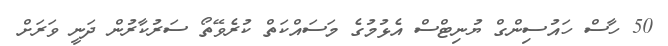
50 ހާސް ހައުސިންގް ޔުނިޓްސް އެޅުމުގެ މަސައްކަތް ކުރެވޭތޯ ސަރުކާރުން ދަނީ ވަރަށް